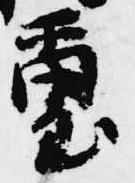
璽